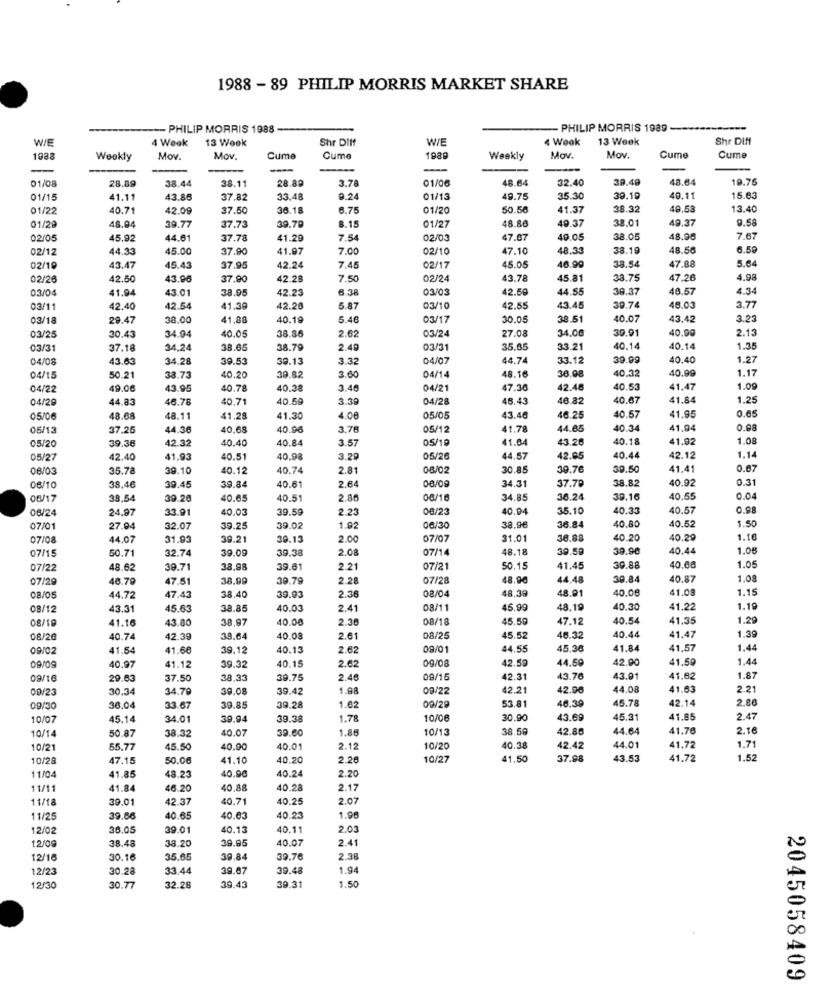
1988 - 89 PHILIP MORRIS MARKET SHARE
--- PHILIP MORRIS 1988
- PHILIP MORRIS 1989
W/E
4 Week
13 Wook
Shr Diff
W/E
4 Wook
13 Week
Shr DIft
Cume
1088
Weekly
Mov.
Mov.
Cume
Cume
1989
Weekly
Mov.
Mov.
Cume
--
-
01/08
38.44
38.11
28.89
3.78
01/06
48.64
32.40
39.4
48.64
19.76
28.89
01/15
41.1
43.86
37.82
33.48
9.24
01/13
49.75
35.30
39.19
49.1
15.63
01/22
40.71
42.09
37.50
36.18
6.75
01/20
50.58
41.37
38.32
49.58
13.40
18.04
48.80
49.37
38.01
49.37
9.58
01/29
39.77
37.73
39.70
8.15
01/27
02/05
45.92
44.61
37.78
41.29
7.54
02/03
47.67
40.0
38.05
48.96
7.67
02/12
44.33
45.00
37.90
11.97
7.00
02/10
47.10
48.33
38.19
48.56
6.50
47.88
5.64
02/19
43.47
45.43
37.95
42.24
7.45
02/17
45.05
46.99
38.54
02/26
42.50
43.96
37.90
42.28
7.50
02/24
43.78
45.81
38.75
47.26
4.98
03/04
41.94
43.01
38.05
42.23
6.38
03/03
42.59
44.55
39.37
48.57
4.34
03/1
42.40
42.54
41.39
42.20
5.87
03/10
42.55
43.45
30.74
48.03
3.77
03/18
29.47
38.00
41,88
40.19
5.46
03/17
30.05
38.51
40.07
43.42
3.23
03/25
03/24
27.08
34.00
39.91
40.99
2.13
30.43
34.94
40.05
38.8
2.62
03/3
37.18
34.24
38.65
38.79
2.49
03/31
35.65
33.21
40.14
40.14
1.35
04/0
43.63
34.28
39.53
39.13
3.32
04/07
44.74
33.12
39.99
40.40
1.27
48.16
36.08
40,32
40.99
1.17
04/15
50.21
38.73
40.20
39.82
3.00
04/14
04/22
49.00
43.95
40.78
40.38
3.46
04/21
47.36
42.48
40.53
41.47
1.09
04/29
44.83
46.78
40.71
40.59
3.39
04/28
46.43
46.82
40.67
41.84
1.25
0.65
05/0
48.68
48.11
41.28
41.30
4.08
05/05
43.46
46.25
40.57
41,95
05/13
37.25
44.36
40.68
40.96
3.78
05/12
41.78
44.65
40.34
41,94
0.98
05/20
40.40
40.84
3.57
05/19
41.64
43.26
40.18
41.92
1.08
39.36
42.32
05/27
12.40
11.93
40.51
40.98
3.29
05/20
44.57
42.85
40.44
42.12
1.14
08/03
35.78
39.10
40.12
40.74
2.81
08/02
30.85
30.76
39.50
41.41
0.67
40.61
2.64
08/09
37.70
38.82
40.92
0.31
08/10
38.46
9.45
39.84
34.31
08/17
38.54
39.26
40.65
40.51
2.86
08/16
34.85
36.24
39.16
40,55
0.04
08/24
24.97
33.91
40.03
2.23
08/23
40.04
35.10
40.33
40.57
0.98
39.5
36.84
40.80
40.52
1.50
07/01
27.94
32.07
9.25
39.02
1.92
06/30
38.96
07/08
44.07
31.93
39.21
39.15
2.00
07/07
31.01
36.8
40.20
40.29
1.10
07/15
50.71
32.74
39.38
2.08
07/14
48.18
39.59
39.90
40.44
1.08
1.05
07/22
48.62
39.71
38,98
39.61
2.21
07/21
50.15
41.45
39.88
40.66
07/29
46.79
47.51
38,99
39.79
2.28
07/28
48.90
44,48
30.84
40.87
1.08
08/04
48.91
40.08
41.08
1.15
08/05
44.72
47.43
38.40
9.93
2.38
48,39
08/12
43.31
45.63
38.85
40.03
2.41
08/11
45.90
18.19
40.30
41.22
1.19
08/19
41.16
43.80
38,97
40.08
2.38
08/18
45.50
47.12
40.54
41.35
1.29
40.44
08/26
40.74
42.39
39.64
40.08
2.61
08/25
45.52
46.32
41.47
1.39
09/02
41.54
41.60
39,12
40.13
2.62
09/01
44.55
45.36
41.84
41,57
1.44
40.97
40.15
2.62
44.59
42.90
41.59
1.44
09/09
41.12
39.32
09/08
42.59
09/16
29.63
37.50
38.33
39.75
2.46
09/15
42.31
43.76
43.01
41.82
1.87
29/23
30.34
34.70
39.08
39.42
1.88
09/22
42.21
42.00
44.08
41.63
2.21
46.39
45.78
42.14
2.80
09/3
36.0
33.67
39.85
39.28
1.62
09/29
53.81
10/07
45.14
34.01
39.94
39.38
1.78
10/08
30.90
43.69
45.31
41.85
2.47
38.32
10.07
39.00
1.86
10/13
38.50
42.88
44.64
41.76
2.16
10/14
50.87
10/21
55.77
45.50
40.90
40.01
2.12
10/20
40.38
42.42
44.01
41.72
1.71
10/28
47.15
50.06
41.10
40.20
2.26
10/27
41.50
37.98
43.53
41.72
1.52
40.90
40.24
2.20
11/04
41.85
48.23
11/11
41.84
46.20
40.88
40.28
2.17
11/18
39.01
12.37
40.71
40.25
2.07
11/25
39.66
40.65
40.63
40.23
1.96
12/02
36.05
39.01
40.13
40.11
2.03
12/09
38.20
39.95
2.41
38.4
40.07
12/16
30.16
35.65
39.8
39.76
2.38
12/23
30.28
33.44
39.67
39.48
1.94
12/30
30.77
32.28
39.43
39.31
1.50
2045058409